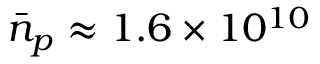
\bar { n } _ { p } \approx 1 . 6 \times 1 0 ^ { 1 0 }